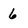
Character: 6